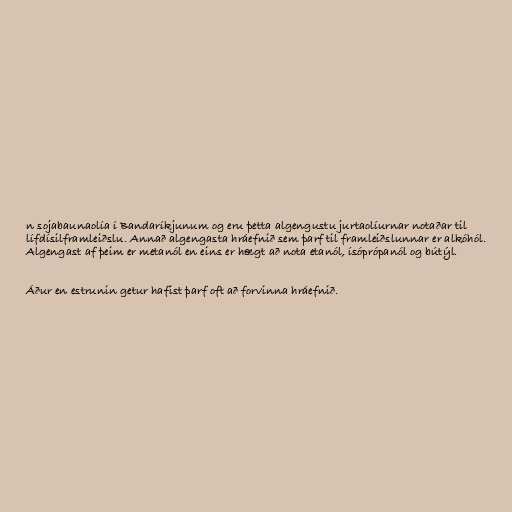
n sojabaunaolía í Bandaríkjunum og eru þetta algengustu jurtaolíurnar notaðar til
lífdísilframleiðslu. Annað algengasta hráefnið sem þarf til framleiðslunnar er alkóhól.
Algengast af þeim er metanól en eins er hægt að nota etanól, ísóprópanól og bútýl.

Áður en estrunin getur hafist þarf oft að forvinna hráefnið.